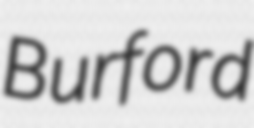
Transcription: Burford